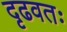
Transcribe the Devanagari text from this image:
दृढवतः